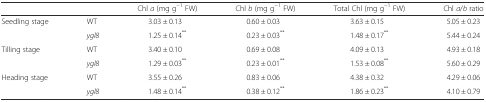
<table><thead><tr><td colspan="2"></td><td><b>Chl <i>a</i> (mg g<sup>−1</sup> FW)</b></td><td><b>Chl <i>b</i> (mg g<sup>−1</sup> FW)</b></td><td><b>Total Chl (mg g<sup>−1</sup> FW)</b></td><td><b>Chl <i>a</i>/<i>b</i> ratio</b></td></tr></thead><tbody><tr><td>Seedling stage</td><td>WT</td><td>3.03 ± 0.13</td><td>0.60 ± 0.03</td><td>3.63 ± 0.15</td><td>5.05 ± 0.23</td></tr><tr><td></td><td><i>ygl8</i></td><td>1.25 ± 0.14<sup>**</sup></td><td>0.23 ± 0.03<sup>**</sup></td><td>1.48 ± 0.17<sup>**</sup></td><td>5.44 ± 0.24</td></tr><tr><td>Tilling stage</td><td>WT</td><td>3.40 ± 0.10</td><td>0.69 ± 0.08</td><td>4.09 ± 0.13</td><td>4.93 ± 0.18</td></tr><tr><td></td><td><i>ygl8</i></td><td>1.29 ± 0.03<sup>**</sup></td><td>0.23 ± 0.01<sup>**</sup></td><td>1.53 ± 0.08<sup>**</sup></td><td>5.60 ± 0.29</td></tr><tr><td>Heading stage</td><td>WT</td><td>3.55 ± 0.26</td><td>0.83 ± 0.06</td><td>4.38 ± 0.32</td><td>4.29 ± 0.06</td></tr><tr><td></td><td><i>ygl8</i></td><td>1.48 ± 0.14<sup>**</sup></td><td>0.38 ± 0.12<sup>**</sup></td><td>1.86 ± 0.23<sup>**</sup></td><td>4.10 ± 0.79</td></tr></tbody></table>